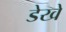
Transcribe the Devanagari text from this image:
डेखे